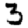
Digit: 3